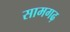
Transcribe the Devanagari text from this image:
सामगढ़